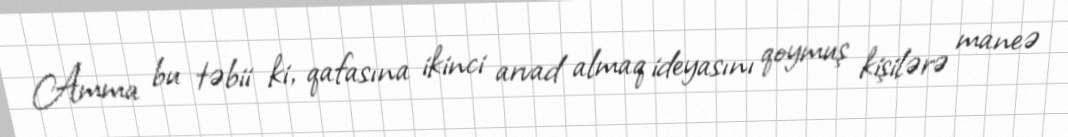
Amma bu təbii ki, qafasına ikinci arvad almaq ideyasını qoymuş kişilərə maneə